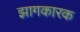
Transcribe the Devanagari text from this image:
झागकारक